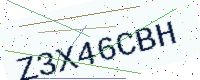
Text: Z3X46CBH